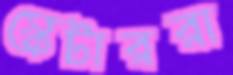
স্কেটাররা